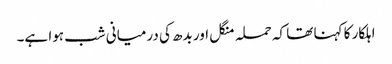
اہلکار کا کہنا تھا کہ حملہ منگل اور بدھ کی درمیانی شب ہوا ہے۔